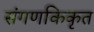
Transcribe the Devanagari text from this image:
संगणकिकृत